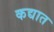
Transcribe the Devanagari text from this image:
कद्यात